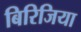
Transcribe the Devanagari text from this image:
बिरिजिया